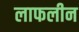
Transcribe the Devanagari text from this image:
लाफलीन